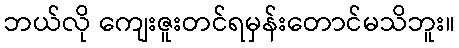
ဘယ်လို ကျေးဇူးတင်ရမှန်းတောင်မသိဘူး။